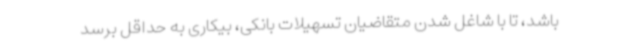
باشد، تا با شاغل شدن متقاضیان تسهیلات بانکی، بیکاری به حداقل برسد